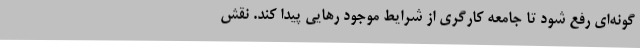
گونه‌ای رفع شود تا جامعه کارگری از شرایط موجود رهایی پیدا کند. نقش